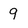
Character: 9